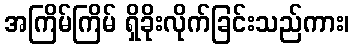
အကြိမ်ကြိမ် ရှိခိုးလိုက်ခြင်းသည်ကား၊